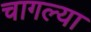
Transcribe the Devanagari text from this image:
चागल्या